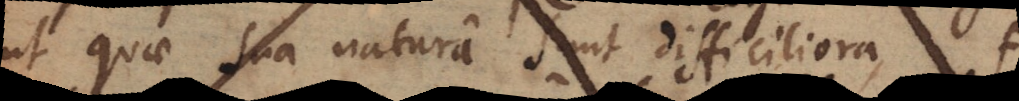
ut quae sua natura sunt difficiliora, f